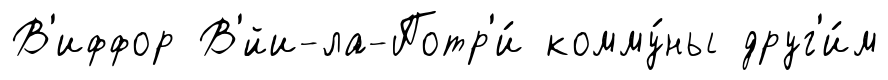
В'иффор В'́йи-ла-Потр'и́ комму́ны друг'и́м